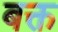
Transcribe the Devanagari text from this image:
बक्त